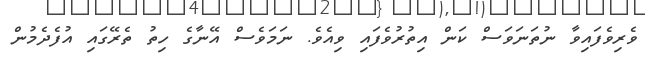
ވެރިވެފައިވާ ނުތަނަވަސް ކަން އިތުރުވެފައި ވިއެވެ. ނަމަވެސް އޭނާގެ ހިތު ތެރޭގައި އުފެދެމުން